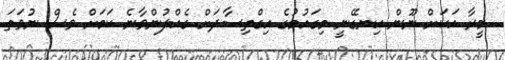
މީރާ އަކަށް ނޫން އިނގޭނީ މިގައުމުގެ އިގްތިސާދަށް ގެއްލުންވާނެ ކަމަށް ވެސް ނުވަތަ